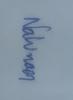
Signature authenticity: genuine